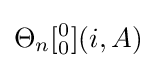
\Theta _{n}[_{0}^{0}](i,A)